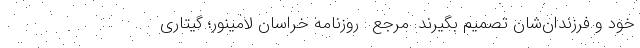
خود و فرزندان‌شان تصمیم بگیرند. مرجع : روزنامه خراسان لامینور؛ گیتاری